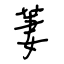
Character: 萋